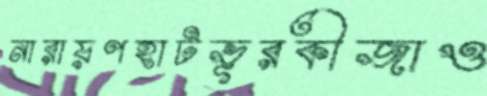
নারায়ণহাটভূরকীজাও